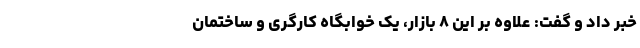
خبر داد و گفت: علاوه ‌بر این ۸ بازار، یک خوابگاه کارگری و ساختمان